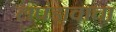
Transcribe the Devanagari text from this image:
लपंडावाचा